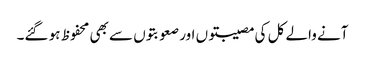
آنے والے کل کی مصیبتوں اور صعوبتوں سے بھی محفوظ ہو گئے۔